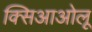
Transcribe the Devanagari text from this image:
क्सिआओलू